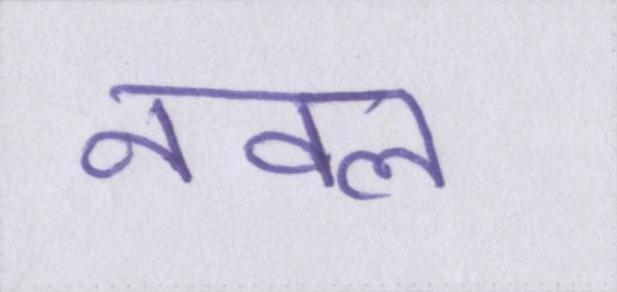
नवल